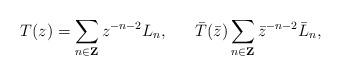
LaTeX: \begin{align*}T(z)=\sum_{n\in{\bf Z}}z^{-n-2}L_n,\ \ \ \ \ \bar{T}(\bar{z})\sum_{n\in{\bf Z}}\bar{z}^{-n-2}\bar{L}_n,\end{align*}